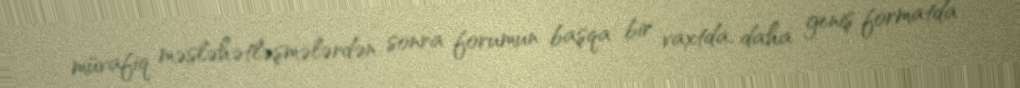
müvafiq məsləhətləşmələrdən sonra forumun başqa bir vaxtda, daha geniş formatda